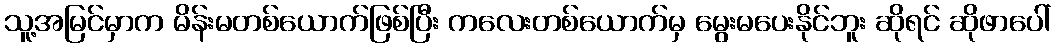
သူ့အမြင်မှာက မိန်းမတစ်ယောက်ဖြစ်ပြီး ကလေးတစ်ယောက်မှ မွေးမပေးနိုင်ဘူး ဆိုရင် ဆိုဖာပေါ်